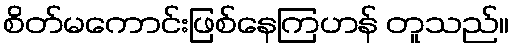
စိတ်မကောင်းဖြစ်နေကြဟန် တူသည်။